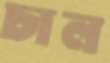
চাল